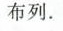
布列。